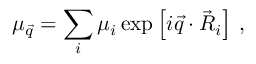
\mu _ { \vec { q } } = \sum _ { i } \mu _ { i } \exp \left[ i \vec { q } \cdot \vec { R } _ { i } \right] \, ,